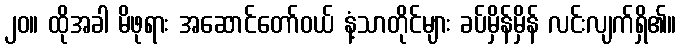
၂၀။ ထိုအခါ မိဖုရား အဆောင်တော်ဝယ် နံ့သာတိုင်များ ခပ်မှိန်မှိန် လင်းလျက်ရှိ၏။